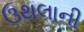
ઉથલાની